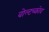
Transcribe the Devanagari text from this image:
वोल्टच्कोव